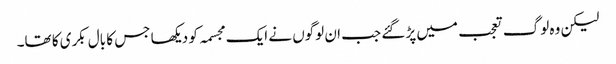
لیکن وہ لوگ تعجب میں پڑ گئے جب ان لوگوں نے ایک مجسمہ کو دیکھا جس کا بال بکری کا تھا۔